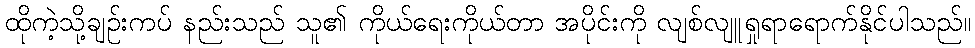
ထိုကဲ့သို့ချဉ်းကပ် နည်းသည် သူ၏ ကိုယ်ရေးကိုယ်တာ အပိုင်းကို လျစ်လျူရှုရာရောက်နိုင်ပါသည်။